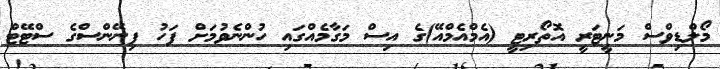
މޯލްޑިވްސް މަނީޓަރީ އޮތޯރިޓީ (އެމްއެމްއޭ)ގެ އިސް މަގާމެއްގައި ހުންނެވުމަށް ފަހު ފިނޭންސްގެ ސްޓޭޓް